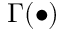
\Gamma ( \bullet )